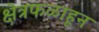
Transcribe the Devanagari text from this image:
क्षेत्रफळाहून